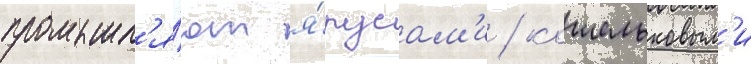
промышл'я́ют я́русам'и / кошельковым'и